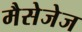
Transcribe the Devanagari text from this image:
मैसेजेज